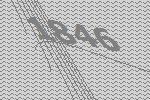
1846